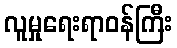
လူမှုရေးရာဝန်ကြီး